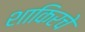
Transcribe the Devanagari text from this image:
शाकिरचे